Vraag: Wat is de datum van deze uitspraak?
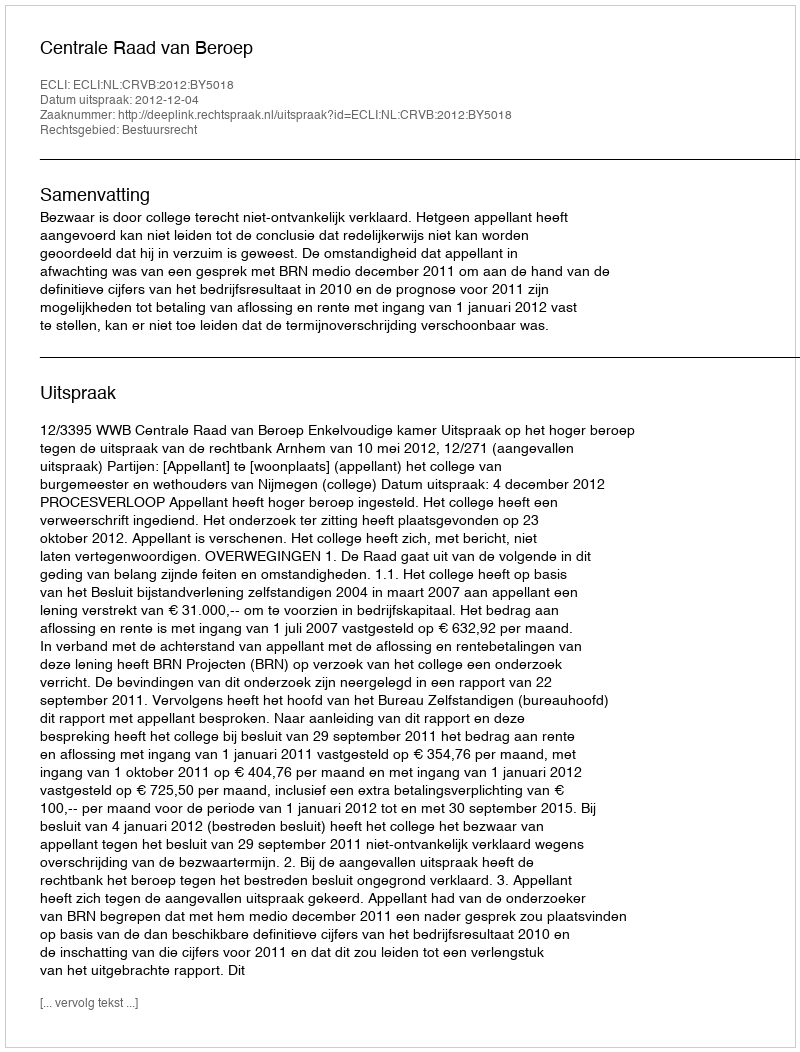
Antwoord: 2012-12-04